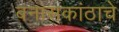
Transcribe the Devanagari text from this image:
बनासकांठाचे